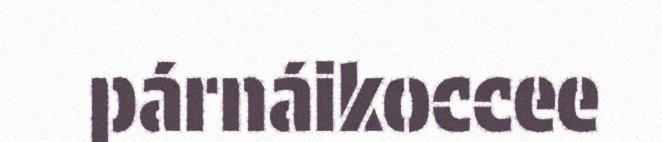
párnáikoccee